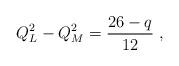
LaTeX: \begin{align*}Q_L^2-Q_M^2=\frac{26-q}{12}\;,\end{align*}